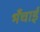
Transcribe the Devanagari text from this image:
भँचाई